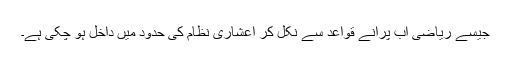
جیسے ریاضی اب پرانے قواعد سے نکل کر اعشاری نظام کی حدود میں داخل ہو چکی ہے۔